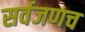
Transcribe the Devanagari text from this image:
सर्वजणच